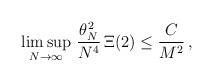
LaTeX: \begin{align*}\limsup_{N\to\infty} \, \frac{\theta_N^2}{N^4} \,\Xi(2) \le \frac{C}{M^2} \,,\end{align*}